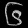
Digit: ၆